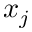
x _ { j }